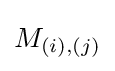
M_{(i),(j)}